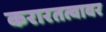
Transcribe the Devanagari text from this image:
करारतत्वावर